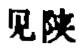
见陕